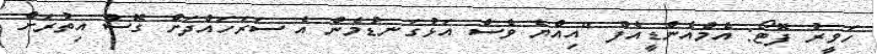
ހަވީރު ފޮޓޯ: އެމްއެންޑީއެފް "އިއްޔެ ވެސް އަޅުގަނޑުމެން އެ ސަރަހައްދަށް ގޮސް އިތުރަށް